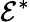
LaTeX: \mathcal{E}^{*}